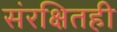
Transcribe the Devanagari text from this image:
संरक्षितही